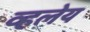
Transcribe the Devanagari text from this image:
व्हलेय